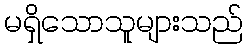
မရှိသောသူများသည်